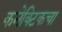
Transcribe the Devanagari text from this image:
कनेक्टिकचा